Annual report of the Punjab Veterinary College and of the Civil Veterinary Department, Punjab - 1909-1919
Year: 1909
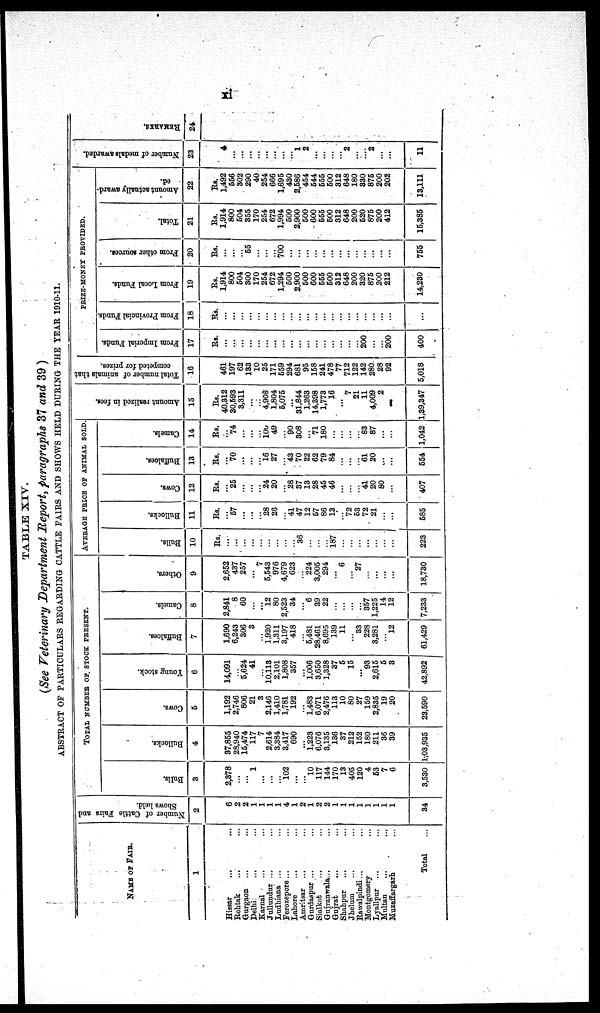
xi
TABLE XIV.
(See Veterinary Department Report, paragraphs 37 and 39 )
ABSTRACT OF PARTICULARS REGARDING CATTLE FAIRS AND SHOWS HELD DURING THE YEAR 1910-11.
NAME OF FAIR.
1
Hissar ... ...
Rohtak ... ...
Gurgaon ... ...
Delhi ... ...
Karnal ... ...
Jullundur ... ...
Ludhiana ... ...
Ferozepore ... ...
Lahore ... ...
Amritsar ... ...
Gurdaspur ... ...
Sialkot ... ...
Gujranwala... ...
Gujrat ... ...
Shahpur ... ...
Jhelum ... ...
Rawalpindi ... ...
Montgomery ...
Lyallpur ... ...
Multan ... ...
Muzaffargarh ...
Total ...
Number of Cattle Fairs and
Shows held.
2
6
2
2
1
1
1
1
4
1
2
1
2
2
1
1
1
1
1
1
1
1
34
TOTAL NUMBER OF STOCK PRESENT.
Bulls.
3
2,378
...
...
1
...
...
...
102
...
...
10
117
144
170
13
405
120
4
53
7
6
3,530
Bullocks.
4
37,855
28,940
15,474
117
7
2,614
3,384
3,417
690
...
1,223
6,076
3,135
136
37
212
152
180
211
36
39
1,03,935
Cows.
5
1,192
2,746
806
21
3
2,146
1,410
1,781
192
...
1,483
6,071
2,476
113
10
80
27
159
2,835
19
20
23,590
Young stock.
6
14,091
...
5,624
41
...
10,113
2,101
1,808
357
...
1,006
3,650
1,328
37
5
15
...
93
2,615
5
3
42,892
Buffaloes.
7
1,690
6,243
306
3
...
1,920
1,311
3,197
418
...
5,481
28,461
8,695
139
11
...
33
228
3,281
...
12
61,429
Camels.
8
2,841
8
60
...
...
12
80
2,523
34
...
6
39
22
...
...
...
...
357
1,225
14
12
7,233
Others.
9
2,652
437
257
...
7
5,543
976
4,679
623
...
224
3,005
294
...
6
...
27
...
...
...
...
18,730
AVERAGE PRICE OF ANIMAL SOLD
Bulls.
10
Rs.
...
...
...
...
...
...
...
...
...
36
...
...
...
187
...
...
...
...
...
...
...
223
Bullocks.
11
Rs.
...
57
...
...
...
28
26
...
41
47
12
57
86
13
...
72
53
72
21
...
...
585
Cows.
12
Rs.
...
25
...
...
...
24
20
...
28
37
13
28
45
46
...
...
...
41
20
80
...
407
Buffaloes.
13
Rs.
...
70
...
...
...
16
27
...
43
70
22
62
79
84
...
...
...
61
20
...
...
554
Camels.
14
Rs.
...
74
...
...
...
100 49
...
90
308
...
71
180
...
...
...
...
83
87
...
1,042
Amount realized in fees.
15
Rs.
40,312
30,593
3,311
...
...
4,908
1,804
5,075
...
31,844
1,263
14,398
1,773
16
...
7
21
11
4,009
2
...
1,39,347
Total number of animals that
competed for prizes.
16
461
197
62
133
10
25
171
559
294
681
95
158
241
478
77
712
122
142
280
28
92
5,018
PRIZE-MONEY PROVIDED.
From Imperial Funds.
17
Rs.
...
...
...
...
...
...
...
...
...
...
...
...
...
...
...
...
...
200
...
...
200
400
From Provincial Funds.
18
Rs.
...
...
...
...
...
...
...
...
...
...
...
...
...
...
...
...
...
...
...
...
...
...
From Local Funds.
19
Rs.
1,914
800
504
300
170
254
672
1,294
500
2,900
500
600
555
500
312
648
200
320
875
200
212
14,230
From other sources.
20
Rs.
...
...
...
55
...
...
...
700
...
...
...
...
...
...
...
...
...
...
...
...
...
755
Total.
21
Rs.
1,914
800
504
355
170
254
672
1,994
500
2,900
500
600
555
500
312
648
200
520
875
200
412
15,385
Amount actually award-
ed.
22
Rs.
1,492
556
302
290
40
254
666
1,695
430
2,586
454
544
555
500
312
648
180
330
875
200
202
13,111
Number of medals awarded.
23
4
...
...
...
...
...
...
...
...
1
2
...
...
...
...
2
...
...
2
...
...
11
RE MARKS .
24